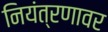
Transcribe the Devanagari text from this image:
नियंत्रणावर